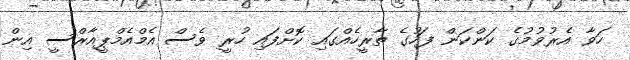
ހަވާ އެރުވުމުގެ ކަންކަން ފަހުގެ ތާރީހެއްގައި ކޮށްފައި ހުރީ ވެސް އެމްއެމްޕީއާރްސީ އިން